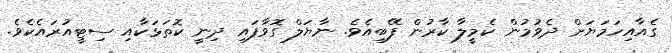
ގެއާއިހަމަޔަށް ދެވުމުން ކެމީލާ ކާރުން ފޭބިއެވެ. ނާޔަލް ގޮވާފައި ދިނީ ކޮތަޅަކާއި ސިޓީއުރައެކެވެ.